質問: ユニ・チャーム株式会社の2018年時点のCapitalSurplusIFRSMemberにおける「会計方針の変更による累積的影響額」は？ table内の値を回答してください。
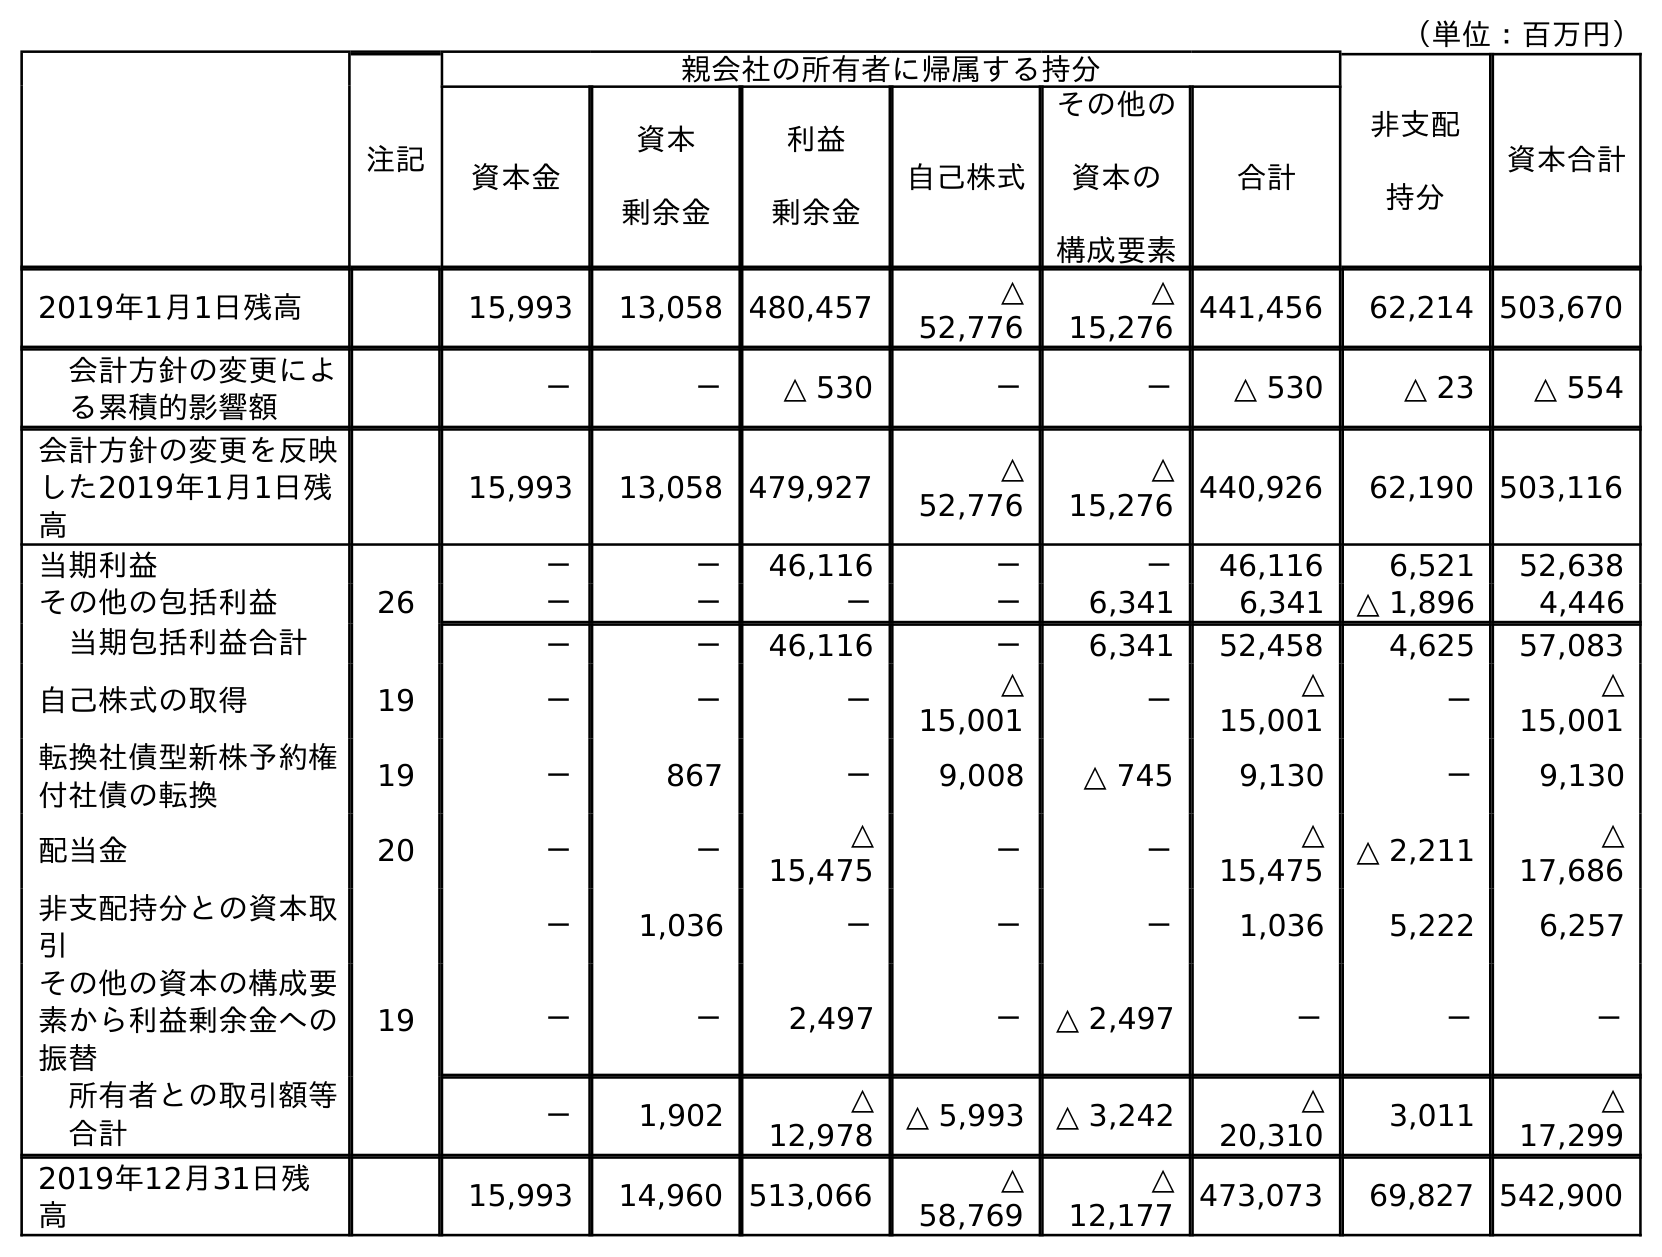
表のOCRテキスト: （単位：百万円） 注記 親会社の所有者に帰属する持分 非支配 持分 資本合計 資本金 資本 剰余金 利益 剰余金 自己株式 その他の 資本の 構成要素 合計 2019年1月1日残高 15,993 13,058 480,457 △ 52,776 △ 15,276 441,456 62,214 503,670 会計方針の変更によ る累積的影響額 － － △ 530 － － △ 530 △ 23 △ 554 会計方針の変更を反映 した2019年1月1日残 高 15,993 13,058 479,927 △ 52,776 △ 15,276 440,926 62,190 503,116 当期利益 － － 46,116 － － 46,116 6,521 52,638 その他の包括利益 26 － － － － 6,341 6,341 △ 1,896 4,446 当期包括利益合計 － － 46,116 － 6,341 52,458 4,625 57,083 自己株式の取得 19 － － － △ 15,001 － △ 15,001 － △ 15,001 転換社債型新株予約権 付社債の転換 19 － 867 － 9,008 △ 745 9,130 － 9,130 配当金 20 － － △ 15,475 － － △ 15,475 △ 2,211 △ 17,686 非支配持分との資本取 引 － 1,036 － － － 1,036 5,222 6,257 その他の資本の構成要 素から利益剰余金への 振替 19 － － 2,497 － △ 2,497 － － － 所有者との取引額等 合計 － 1,902 △ 12,978 △ 5,993 △ 3,242 △ 20,310 3,011 △ 17,299 2019年12月31日残 高 15,993 14,960 513,066 △ 58,769 △ 12,177 473,073 69,827 542,900
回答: －